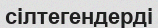
сілтегендерді